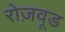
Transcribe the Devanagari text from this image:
रोज़वूड